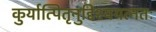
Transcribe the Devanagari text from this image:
कुर्यात्पितृनुद्दिश्ययत्नतः